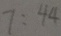
7 : 4 4